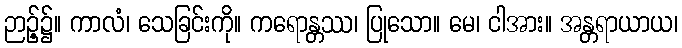
ဉာဉ့်၌။ ကာလံ၊ သေခြင်းကို။ ကရောန္တဿ၊ ပြုသော။ မေ၊ ငါအား။ အန္တရာယာယ၊